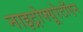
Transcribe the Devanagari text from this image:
नाइट्रोफ्यूरेटॉएन